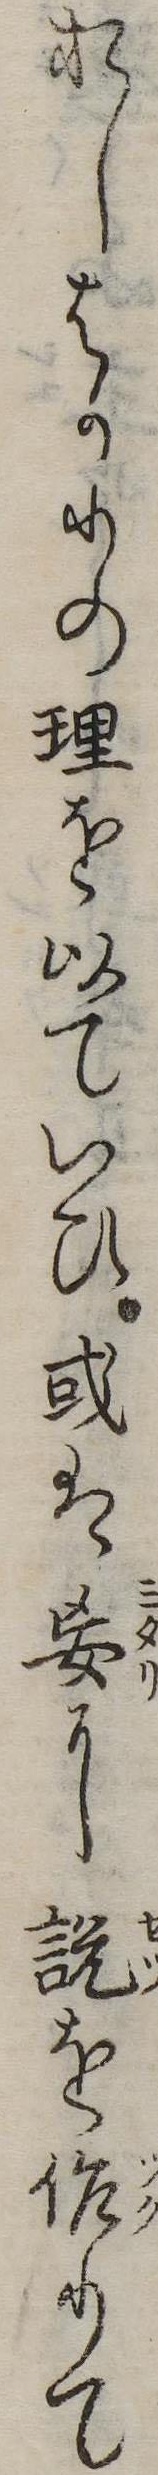
おしはかりの理を以ていひ或は妄に説を作りて